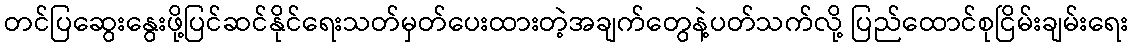
တင်ပြဆွေးနွေးဖို့ပြင်ဆင်နိုင်ရေးသတ်မှတ်ပေးထားတဲ့အချက်တွေနဲ့ပတ်သက်လို့ ပြည်ထောင်စုငြိမ်းချမ်းရေး